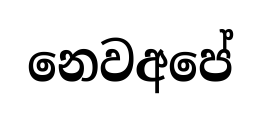
නෙවඅපේ